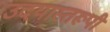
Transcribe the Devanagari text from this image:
उदयास्तरूपी